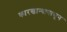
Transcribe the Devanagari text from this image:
कारखान्यापासून